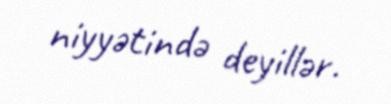
niyyətində deyillər.